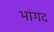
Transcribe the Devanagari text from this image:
भांगद